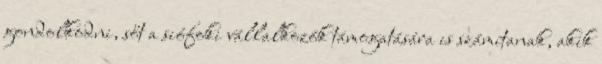
gondolkodni, sőt a siófoki vállalkozók támogatására is számítanak, akik